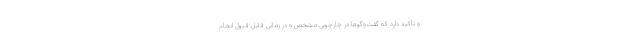
و تأکید دارد که گفت‌وگوها در چارچوبی مشخص و در زمانی قابل قبول انجام